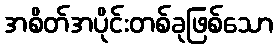
အစိတ်အပိုင်းတစ်ခုဖြစ်သော